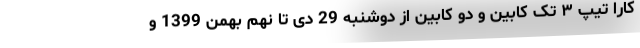
کارا تیپ ۳ تک کابین و دو کابین از دوشنبه 29 دی تا نهم بهمن 1399 و